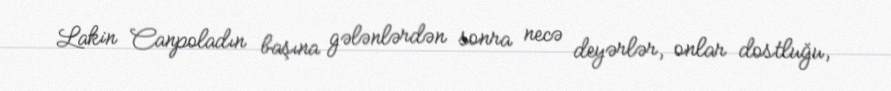
Lakin Canpoladın başına gələnlərdən sonra necə deyərlər, onlar dostluğu,